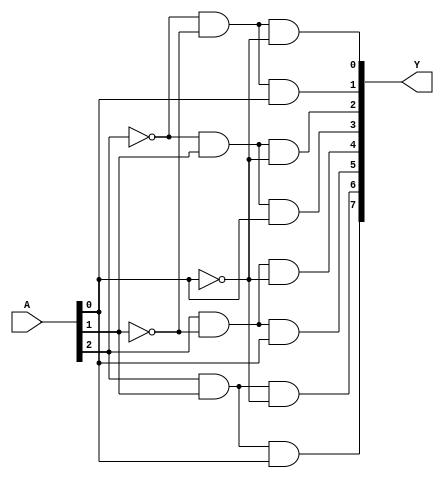
/* turth table
    0 0 0 - 0
    0 0 1 - 1
    0 1 0 - 2
    0 1 1 - 3
    1 0 0 - 4
    1 0 1 - 5 
    1 1 0 - 6
    1 1 1 - 7
*/

module decode38_a (
    input wire [2:0] A, 
    output wire [7:0] Y
);

assign Y[0] = ~A[2] & ~A[1] & ~A[0];
assign Y[1] = ~A[2] & ~A[1] &  A[0];
assign Y[2] = ~A[2] &  A[1] & ~A[0];
assign Y[3] = ~A[2] &  A[1] &  A[0];
assign Y[4] =  A[2] & ~A[1] & ~A[0];
assign Y[5] =  A[2] & ~A[1] &  A[0];
assign Y[6] =  A[2] &  A[1] & ~A[0];
assign Y[7] =  A[2] &  A[1] &  A[0];
    
endmodule